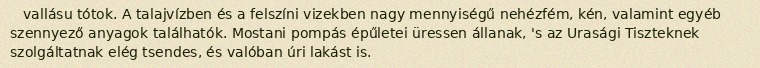
vallásu tótok. A talajvízben és a felszíni vizekben nagy mennyiségű nehézfém, kén, valamint egyéb szennyező anyagok találhatók. Mostani pompás épűletei üressen állanak, 's az Urasági Tiszteknek szolgáltatnak elég tsendes, és valóban úri lakást is.